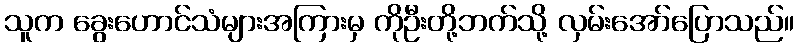
သူက ခွေးဟောင်သံများအကြားမှ ကိုဦးတို့ဘက်သို့ လှမ်းအော်ပြောသည်။